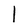
Character: l